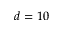
d = 1 0